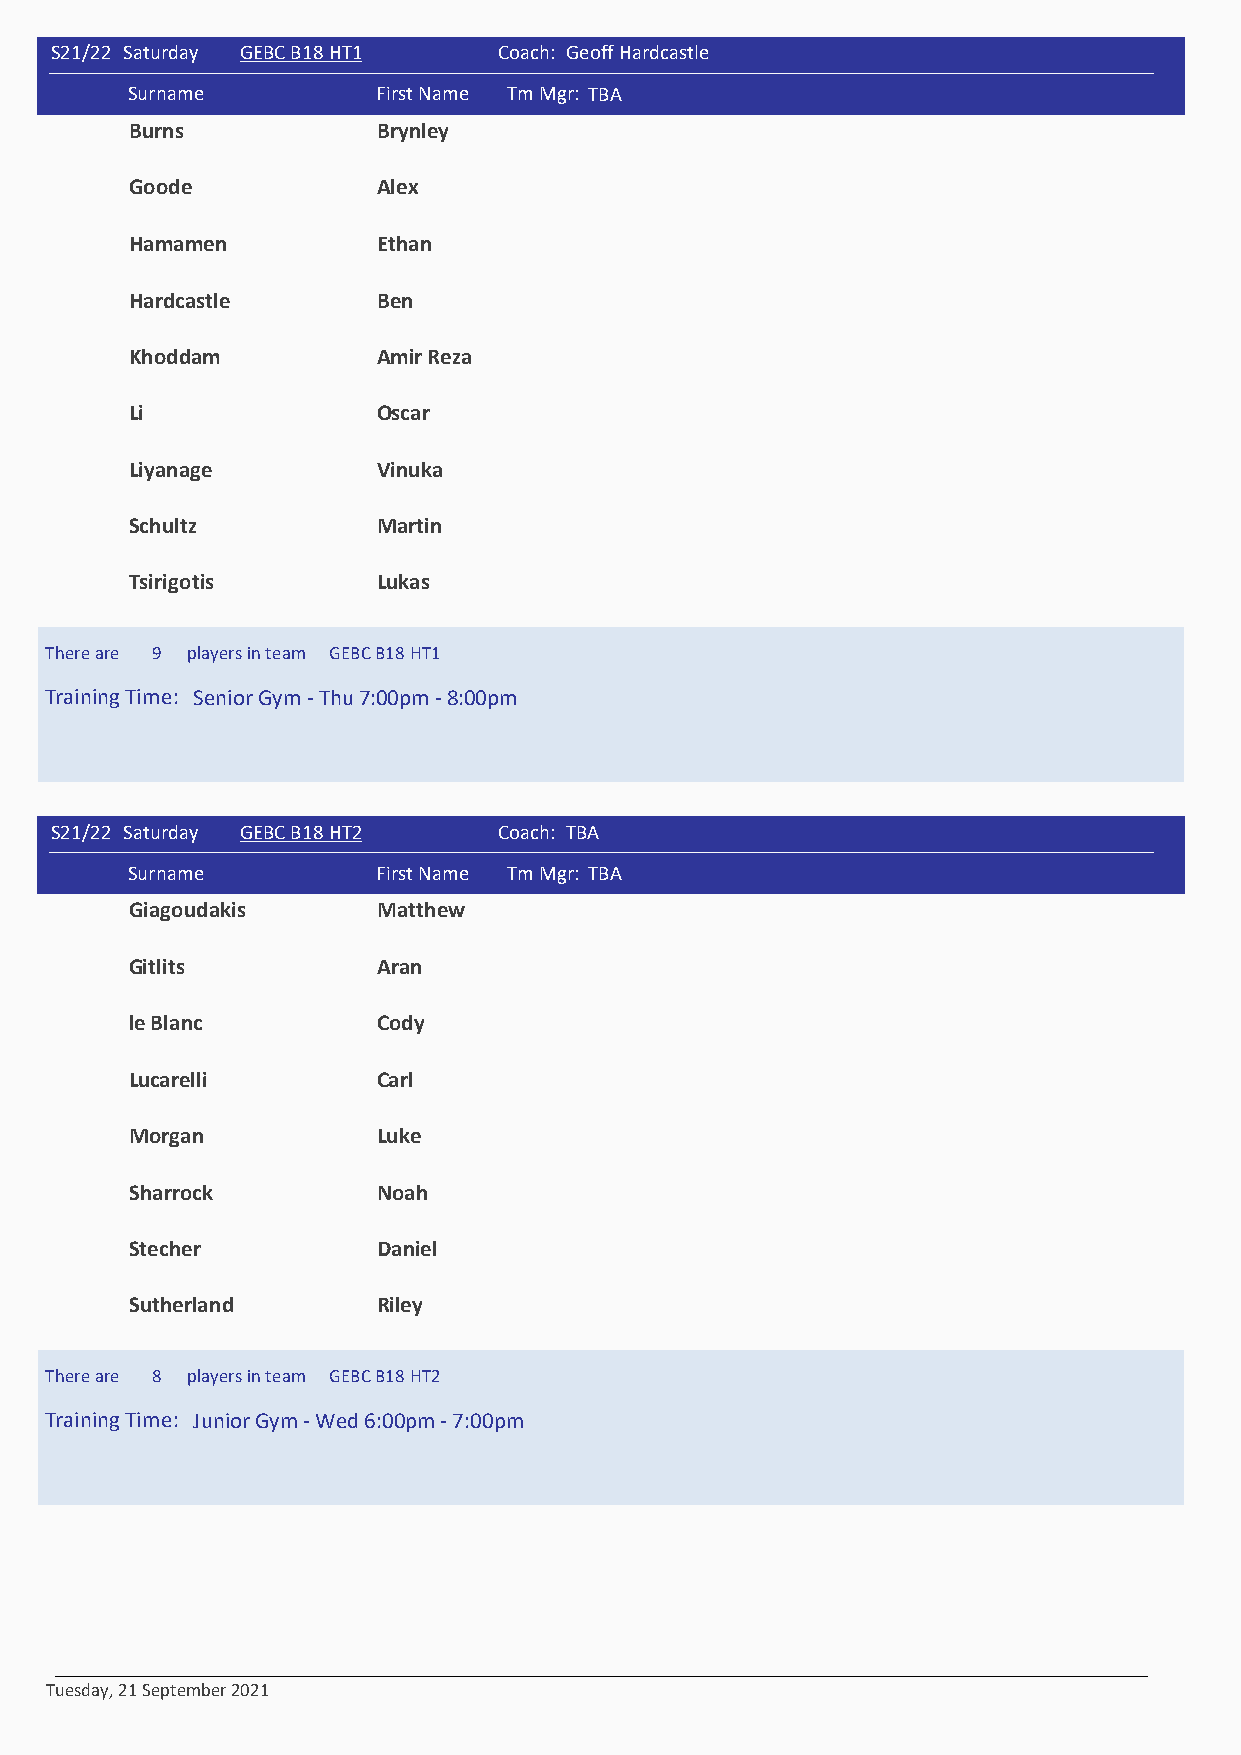
S21/22 Saturday GEBC B18 HT1 411 Coach: Geoff Hardcastle
 #    Surname          First Name Tm Mgr: TBA
 Burns           Brynley
 Goode           Alex
 Hamamen         Ethan
 Hardcastle      Ben
 Khoddam         Amir Reza
 Li              Oscar
 Liyanage        Vinuka
 Schultz         Martin
 Tsirigotis      Lukas
 There are 9 players in team GEBC B18 HT1
 Training Time: Senior Gym - Thu 7:00pm - 8:00pm
 S21/22 Saturday GEBC B18 HT2 412 Coach: TBA
 #    Surname          First Name Tm Mgr: TBA
 Giagoudakis     Matthew
 Gitlits         Aran
 le Blanc        Cody
 Lucarelli       Carl
 Morgan          Luke
 Sharrock        Noah
 Stecher         Daniel
 Sutherland      Riley
 There are 8 players in team GEBC B18 HT2
 Training Time: Junior Gym - Wed 6:00pm - 7:00pm
 Tuesday, 21 September 2021